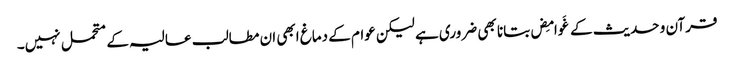
قرآن و حدیث کے غَوامِض بتانا بھی ضروری ہے لیکن عوام کے دماغ ابھی ان مطالب عالیہ کے متحمل نہیں۔